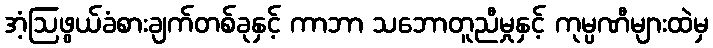
အံ့ဩဖွယ်ခံစားချက်တစ်ခုနှင့် ကာဘာ သဘောတူညီမှုနှင့် ကုမ္ပဏီများထဲမှ